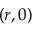
( r , 0 )